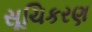
સૂચિકરણ